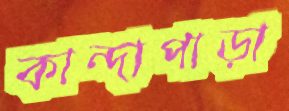
কান্দাপাড়া